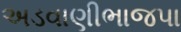
અડવાણીભાજપા